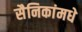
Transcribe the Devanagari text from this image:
सैनिकांमधे